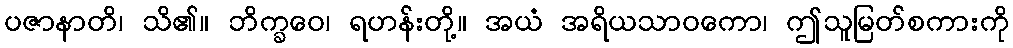
ပဇာနာတိ၊ သိ၏။ ဘိက္ခဝေ၊ ရဟန်းတို့။ အယံ အရိယသာဝကော၊ ဤသူမြတ်စကားကို